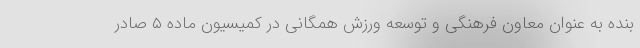
بنده به عنوان معاون فرهنگی و توسعه ورزش همگانی در کمیسیون ماده ۵ صادر